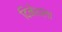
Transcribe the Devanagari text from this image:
दिनेशला